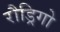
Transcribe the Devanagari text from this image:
रौड्रिगो